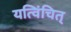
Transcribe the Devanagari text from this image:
यत्विंचित्